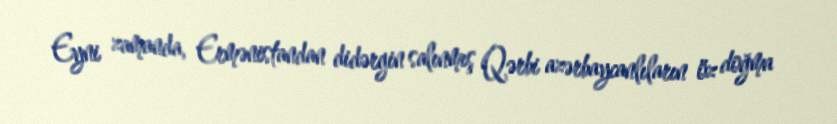
Eyni zamanda, Ermənistandan didərgin salınmış Qərbi azərbaycanlıların öz doğma